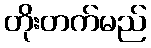
တိုးတက်မည်